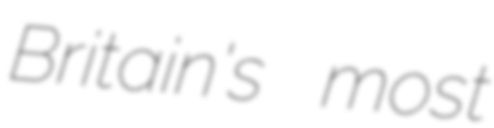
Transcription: Britain's most